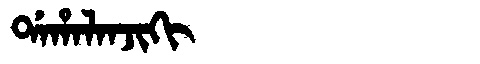
Manchu: ᡩᠠᡥᠠᠯᠠᠨᠵᡳᡴᡳ
Romanization: DAHALANJIKI